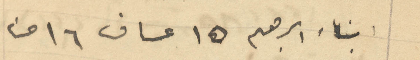
ابناء ابراهم 15 عساف 16 حنا